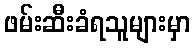
ဖမ်းဆီးခံရသူများမှာ